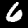
Digit: 6